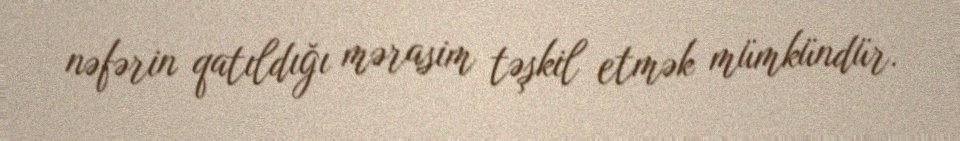
nəfərin qatıldığı mərasim təşkil etmək mümkündür.